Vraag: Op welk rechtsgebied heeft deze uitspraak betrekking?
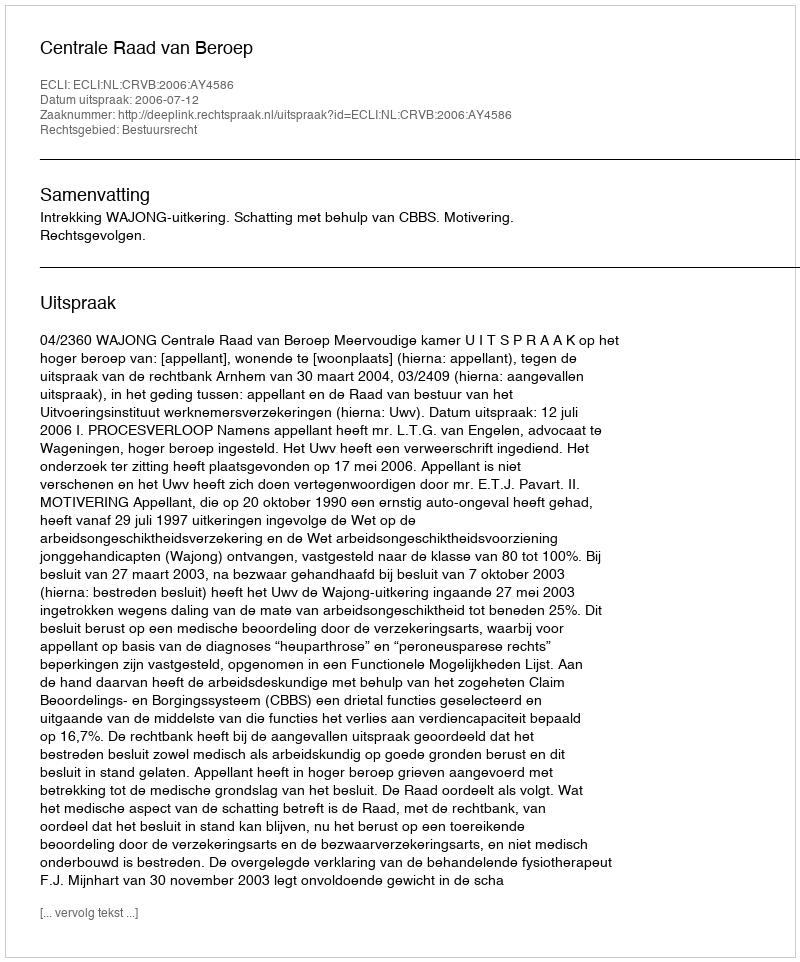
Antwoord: Bestuursrecht